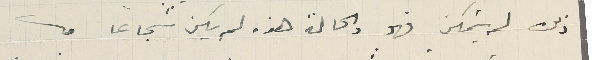
ذلك لم يتمكن فهو والحالة هذه لم يكن شجاعًا